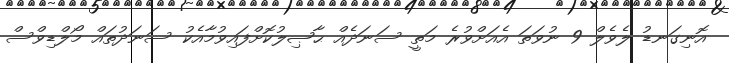
އޮނިގަނޑު ލެވެލް 9 ނުވަތަ އެއަށްވުރެ މަތީ ސަނަދެއް ޙާޞިލުކޮށްފައިވުމާއެކު ސަނަދުތައް މޯލްޑިވްސް